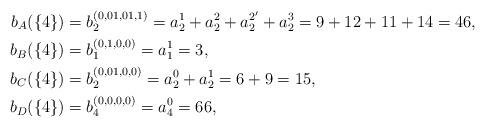
LaTeX: \begin{align*} b_A(\{4\}) &= b_2^{(0,01,01,1)} = a_2^1 + a_2^2 + a_2^{2'} +a_2^3= 9 + 12 + 11 + 14 =46,\\ b_B(\{4\}) &= b_1^{(0,1,0,0)} = a_1^1 = 3,\\ b_C(\{4\}) &= b_2^{(0,01,0,0)} = a_2^0 + a_2^1 = 6+9=15,\\ b_D(\{4\}) &= b_4^{(0,0,0,0)} = a_4^0 = 66,\end{align*}